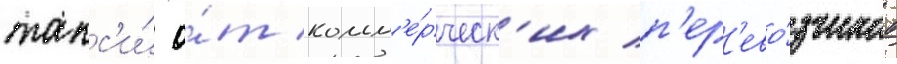
такс'и́ о́т комм'е́рческ'их п'ер'ево́зчиков